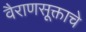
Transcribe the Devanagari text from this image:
वैराणसूक्ताचे